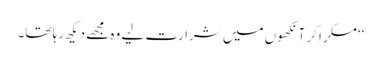
‘‘مسکرا کر آنکھوں میں شرارت لیے وہ مجھے دیکھ رہا تھا۔